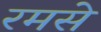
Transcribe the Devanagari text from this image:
रमसे